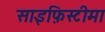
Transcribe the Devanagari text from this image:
साइफ़िस्टीमा